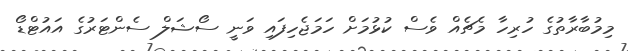
މިމުބާރާތުގެ ހުރިހާ މެޗެއް ވެސް ކުޅުމަށް ހަމަޖެހިފައި ވަނީ ސޯޝަލް ސެންޓަރުގެ އައުޓްޑޯ